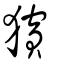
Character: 獱